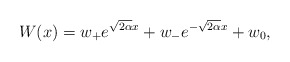
\begin{align*} W(x)=w_+e^{\sqrt{2\alpha}x}+w_-e^{-\sqrt{2\alpha}x}+w_0,\end{align*}